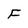
Character: F